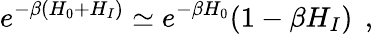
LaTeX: e^{-\beta(H_{0}+H_{I})}\simeq e^{-\beta H_{0}}(1-\beta H_{I})\; \, ,